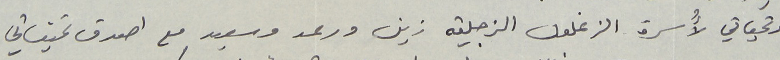
وتحياتي لأُسرة الزغلول الزجلية زين ورعد وسعيد مع اصدق تمنياتي